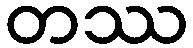
တဿ